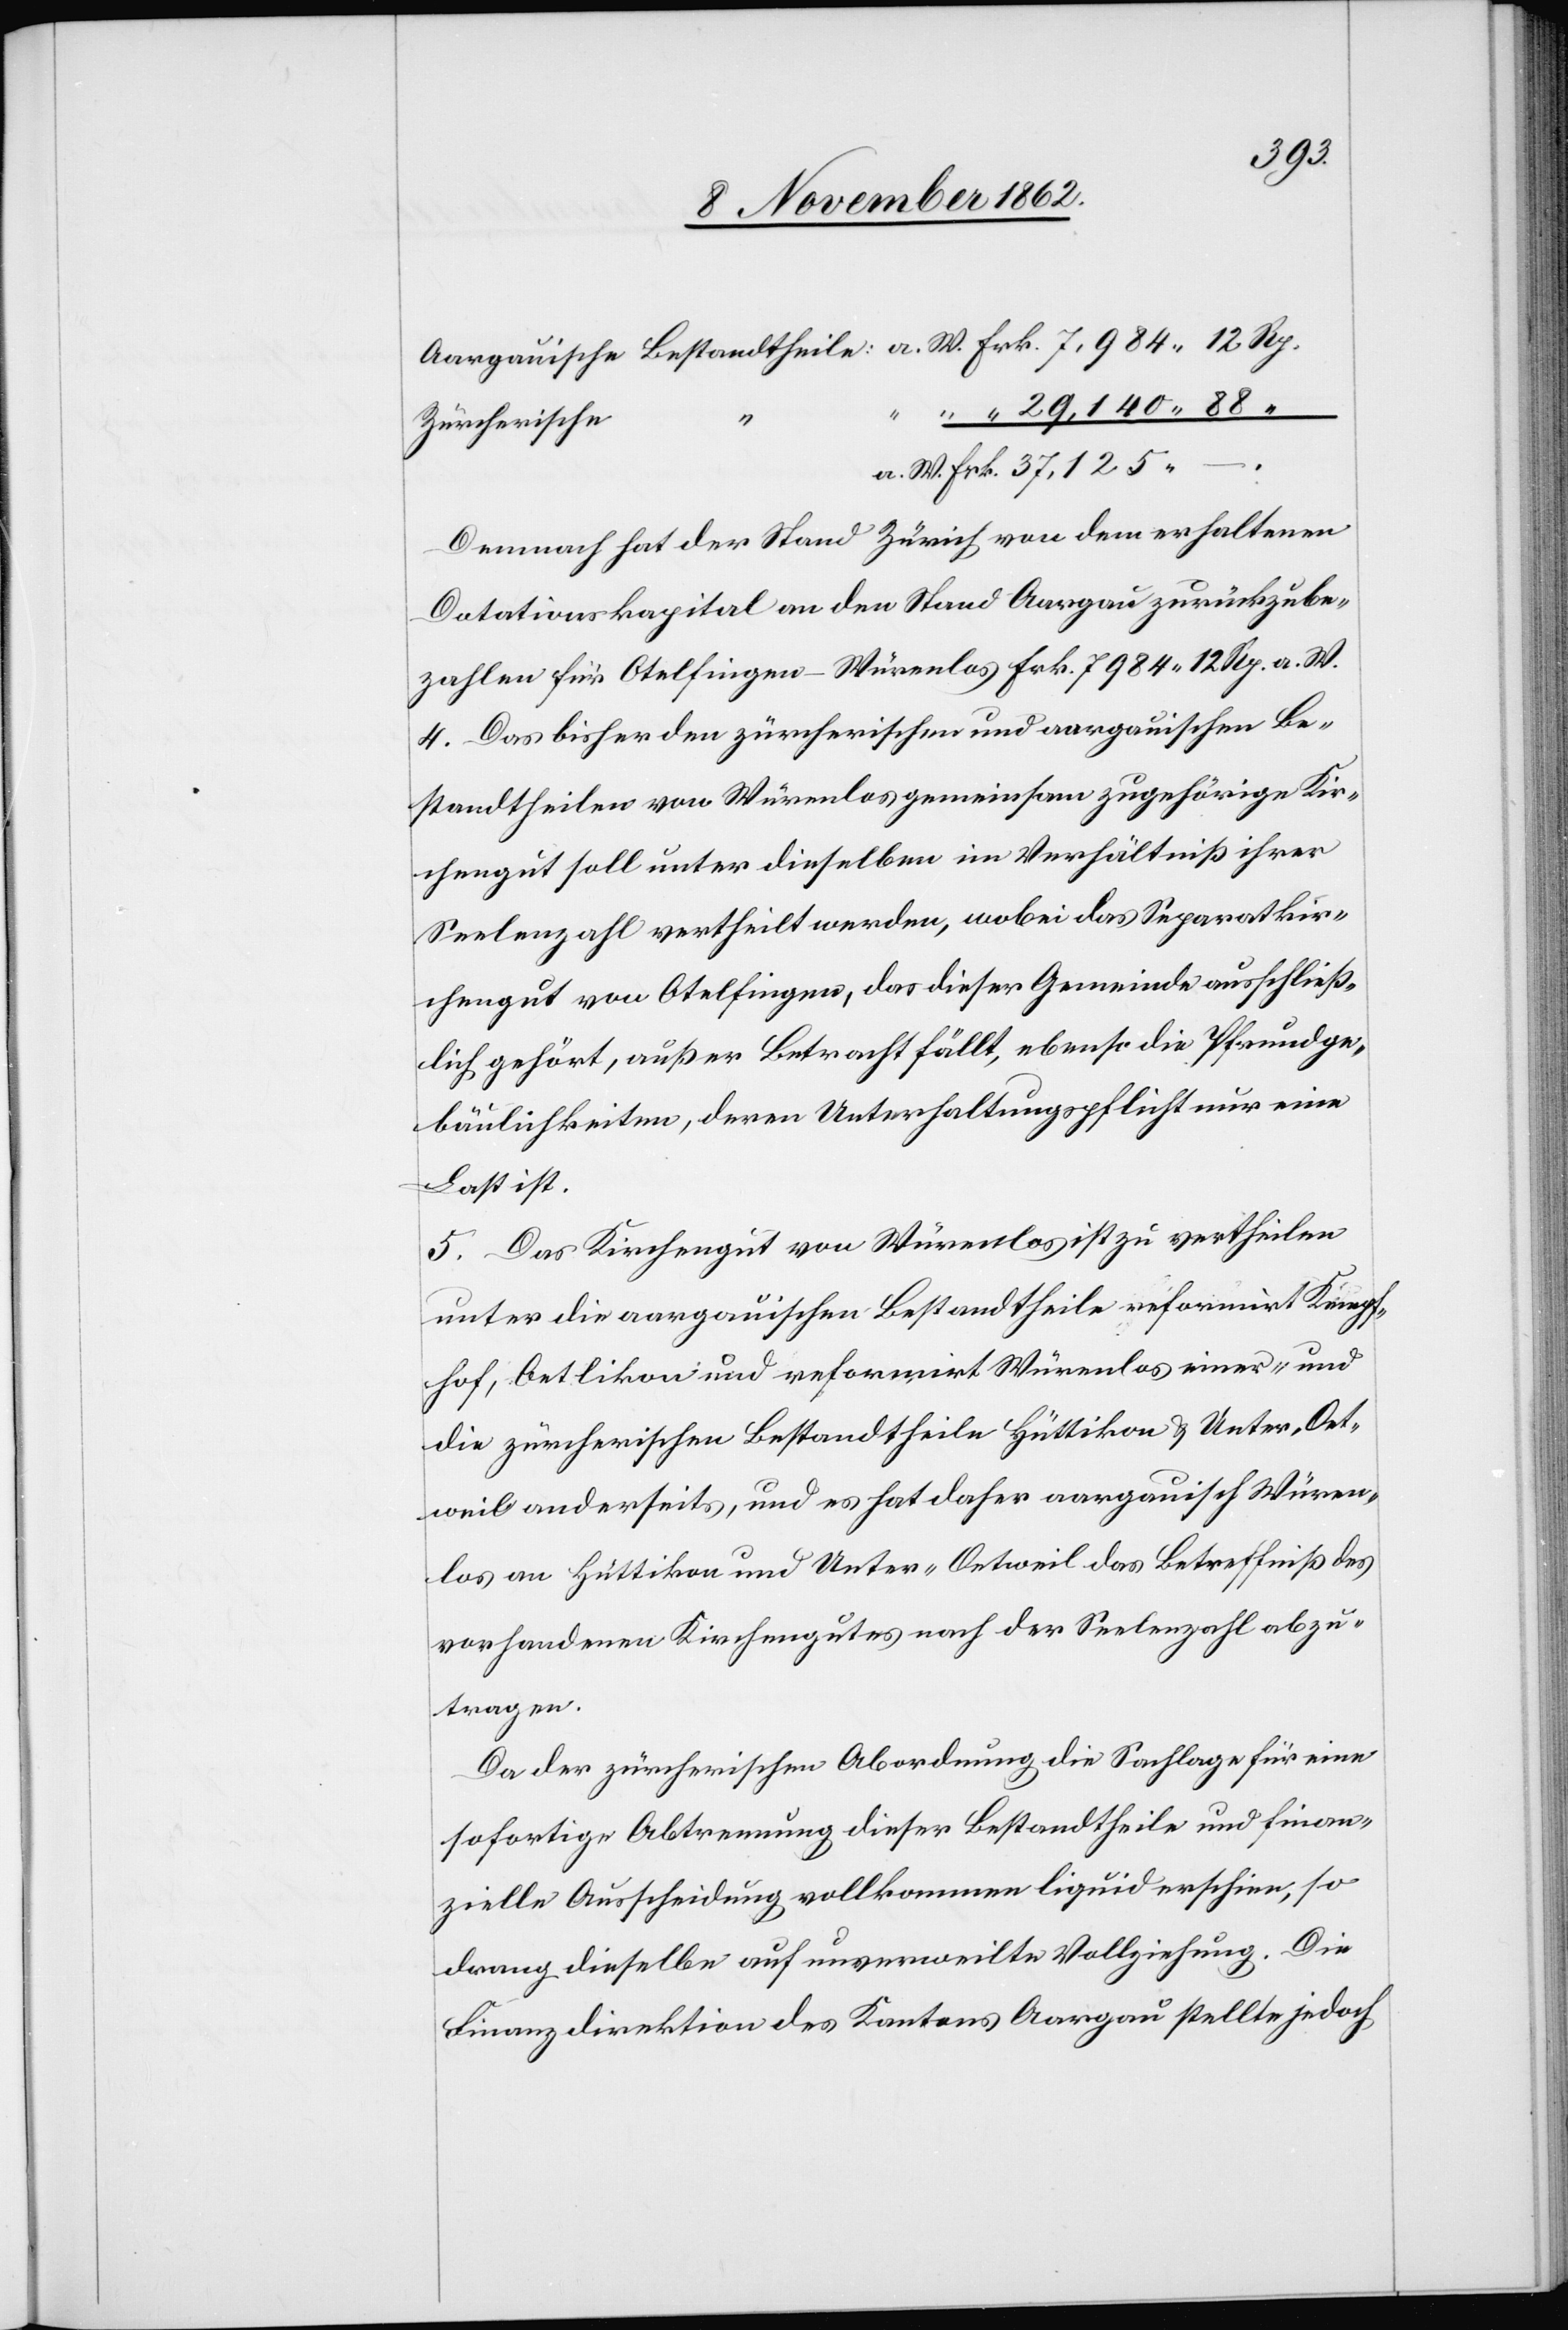
37,125
a.
Zürcherische
a.
Demnach hat der Stand Zürich von dem erhaltenen
Dotationskapital an den Stand Aargau zurückzube¬
zahlen für Otelfingen–Würenlos Frk. 7984 12 Rp. a. W.
4. Das bisher den zürcherischen und aargauischen Be¬
standtheilen von Würenlos gemeinsam zugehörige Kir¬
chegut soll unter dieselben im Verhältniß ihrer
Seelenzahl vertheilt werden, wobei das Separatkir¬
chengut von Otelfingen, das dieser Gemeinde Ausschließ¬
lich gehört, außer Betracht fällt, ebenso die Pfrundge¬
bäulichkeiten, deren Unterhaltungspflicht nur eine
Last ist.
5. Das Kirchengut von Würenlos ist zu vertheilen
unter die aargauischen Bestandtheile reformirt Kämpf¬
hof, Oetlikon und reformirt Würenlos einer- und
die zürcherischen Bestandtheile Hüttikon u. Unter-Oet¬
weil anderseits, und es hat daher aargauisch Würen¬
los an Hüttikon und Unter-Oetweil das Betreffniß des
vorhandenen Kirchengutes nach der Seelenzahl abzu¬
tragen.
Da der zürcherischen Abordnung die Sachlage für eine
sofortige Abtrennung dieser Bestandtheile und finan¬
zielle Ausscheidung vollkommen liquid erschien, so
drang dieselbe auf unverweilte Vollziehung. Die
Finanzdirektion des Kantons Aargau stellte jedoch